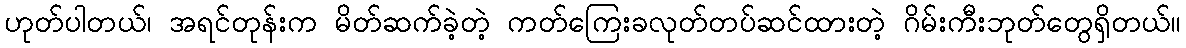
ဟုတ်ပါတယ်၊ အရင်တုန်းက မိတ်ဆက်ခဲ့တဲ့ ကတ်ကြေးခလုတ်တပ်ဆင်ထားတဲ့ ဂိမ်းကီးဘုတ်တွေရှိတယ်။